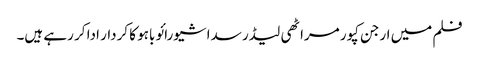
فلم میں ارجن کپور مراٹھی لیڈر سداشیورائو باہو کا کردار ادا کر رہے ہیں۔